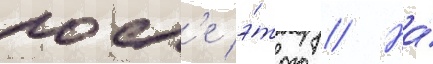
посл'е э́того // На́